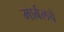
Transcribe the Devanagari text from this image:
मार्बलचे